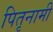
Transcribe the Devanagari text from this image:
पितृनामी